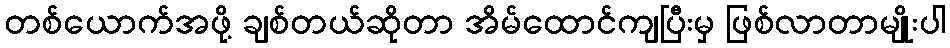
တစ်ယောက်အဖို့ ချစ်တယ်ဆိုတာ အိမ်ထောင်ကျပြီးမှ ဖြစ်လာတာမျိုးပါ